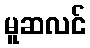
မူဆလင်